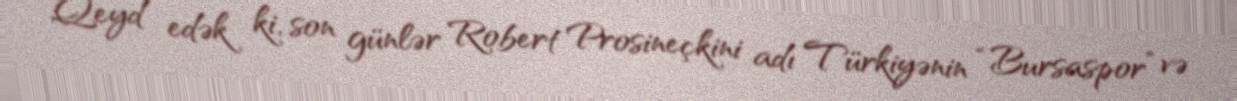
Qeyd edək ki, son günlər Robert Prosineçkini adı Türkiyənin “Bursaspor” və